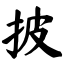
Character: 披